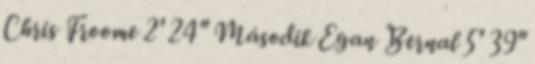
Chris Froome 2' 24" Második Egan Bernal 5' 39"